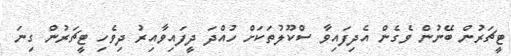
ޓީޗަރުން ބޭނުން ވެގެން އެދިފައިވާ ސްކޫލުތަކަށް ހުއްދަ ދީފައިވާއިރު ދިވެހި ޓީޗަރުން ގިނަ